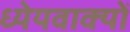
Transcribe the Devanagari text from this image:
ध्येयवाक्यों